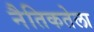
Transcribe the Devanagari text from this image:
नैतिकतेला